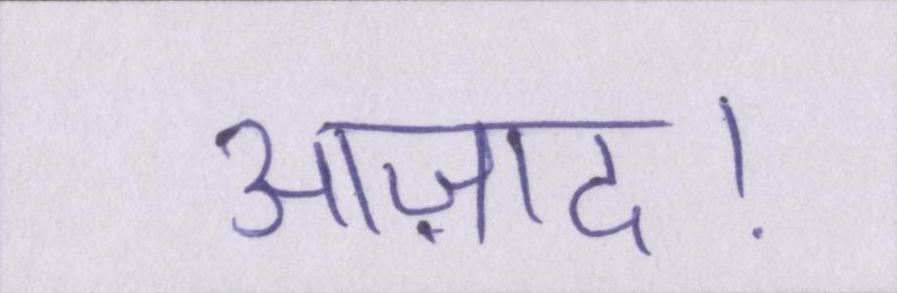
आज़ाद।